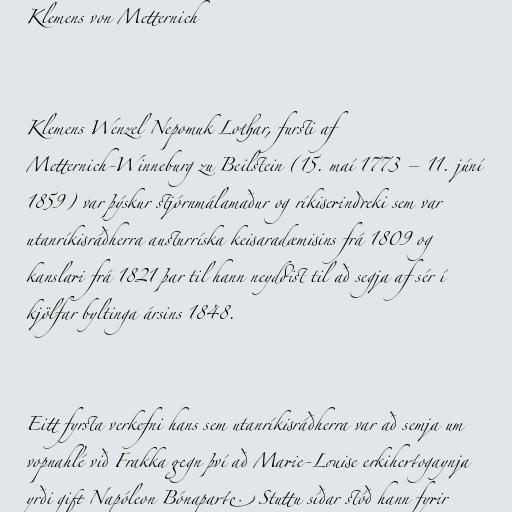
Klemens von Metternich

Klemens Wenzel Nepomuk Lothar, fursti af
Metternich-Winneburg zu Beilstein (15. maí 1773 – 11. júní
1859) var þýskur stjórnmálamaður og ríkiserindreki sem var
utanríkisráðherra austurríska keisaradæmisins frá 1809 og
kanslari frá 1821 þar til hann neyddist til að segja af sér í
kjölfar byltinga ársins 1848.

Eitt fyrsta verkefni hans sem utanríkisráðherra var að semja um
vopnahlé við Frakka gegn því að Marie-Louise erkihertogaynja
yrði gift Napóleon Bónaparte. Stuttu síðar stóð hann fyrir